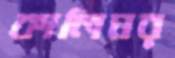
কালিঘর